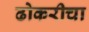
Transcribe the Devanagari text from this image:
ढोकरीचा